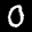
Label: 0